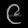
Digit: ၉